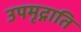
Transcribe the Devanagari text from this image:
उपमृद्गाति